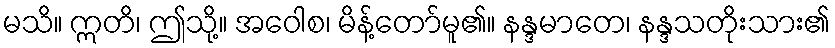
မသိ။ ဣတိ၊ ဤသို့။ အဝေါစ၊ မိန့်တော်မူ၏။ နန္ဒမာတေ၊ နန္ဒသတိုးသား၏